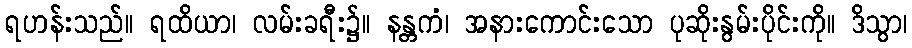
ရဟန်းသည်။ ရထိယာ၊ လမ်းခရီး၌။ နန္တကံ၊ အနားကောင်းသော ပုဆိုးနွမ်းပိုင်းကို။ ဒိသွာ၊